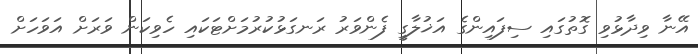
އޭނާ ވިދާޅުވި ގޮތުގައި ސިފައިންގެ އަޚުލާގީ ފެންވަރު ރަނގަޅުކުރުމަށްޓަކައި ހެވިކަން ވަރަށް އަވަހަށް